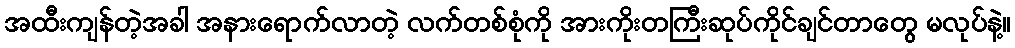
အထီးကျန်တဲ့အခါ အနားရောက်လာတဲ့ လက်တစ်စုံကို အားကိုးတကြီးဆုပ်ကိုင်ချင်တာတွေ မလုပ်နဲ့။